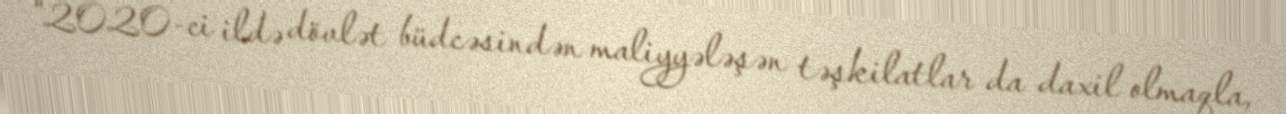
“2020-ci ildə dövlət büdcəsindən maliyyələşən təşkilatlar da daxil olmaqla,